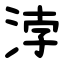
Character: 浡